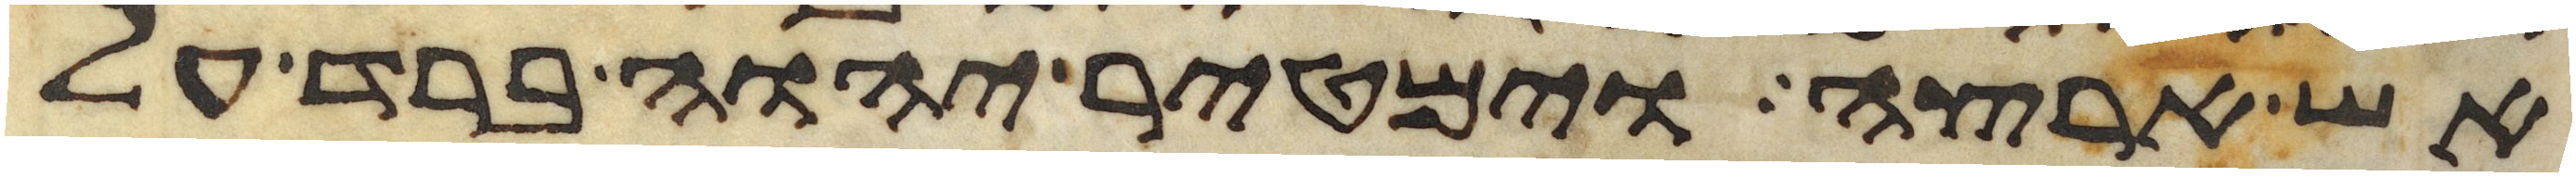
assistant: אש ארצה וימטיר יהוה ברד על